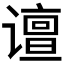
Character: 𰶉